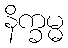
နိက္ခမ္မ